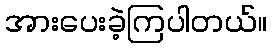
အားပေးခဲ့ကြပါတယ်။